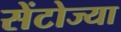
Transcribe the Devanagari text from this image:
सेंटोज्या